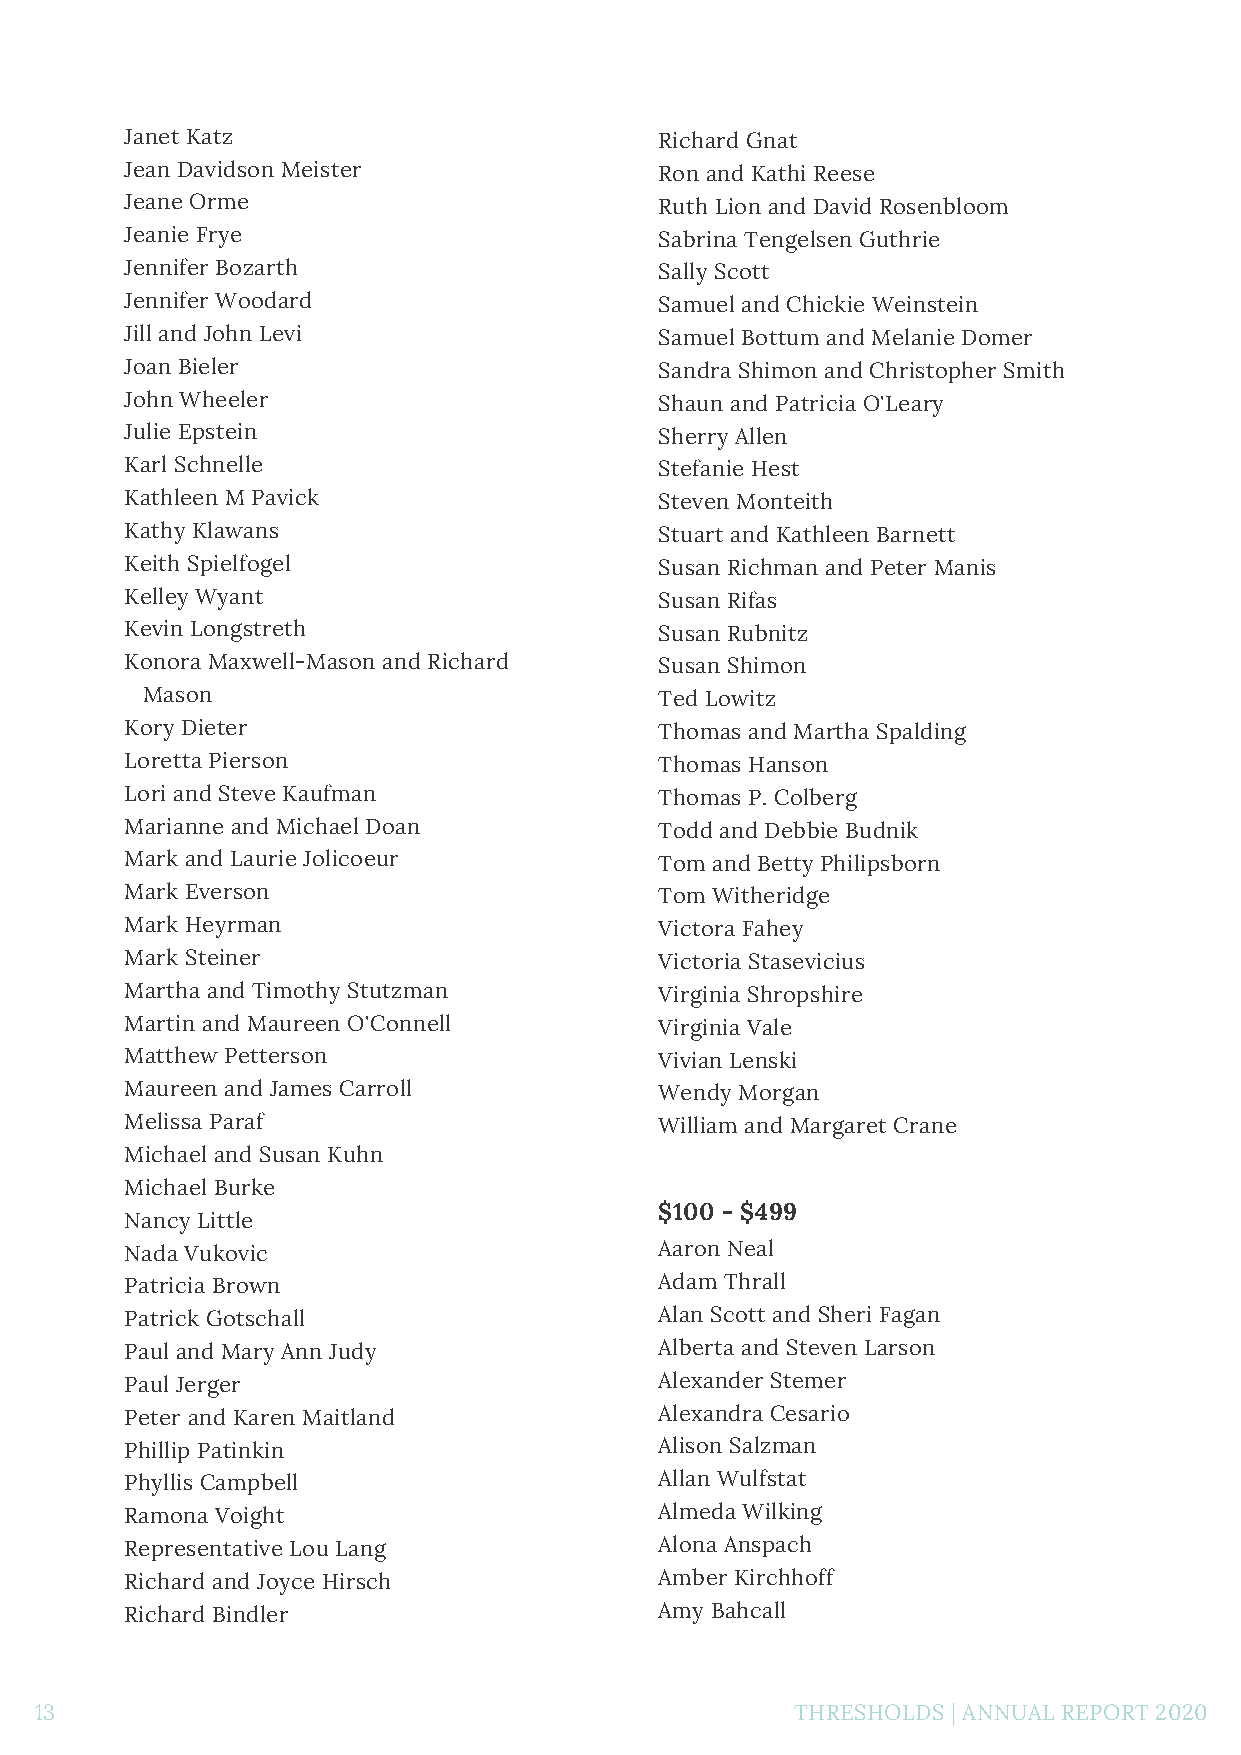
Janet Katz                          Richard Gnat
 Jean Davidson Meister               Ron and Kathi Reese
 Jeane Orme                          Ruth Lion and David Rosenbloom
 Jeanie Frye                         Sabrina Tengelsen Guthrie
 Jennifer Bozarth                    Sally Scott
 Jennifer Woodard                    Samuel and Chickie Weinstein
 Jill and John Levi                  Samuel Bottum and Melanie Domer
 Joan Bieler                         Sandra Shimon and Christopher Smith
 John Wheeler                        Shaun and Patricia O'Leary
 Julie Epstein                       Sherry Allen
 Karl Schnelle                       Stefanie Hest
 Kathleen M Pavick                   Steven Monteith
 Kathy Klawans                       Stuart and Kathleen Barnett
 Keith Spielfogel                    Susan Richman and Peter Manis
 Kelley Wyant                        Susan Rifas
 Kevin Longstreth                    Susan Rubnitz
 Konora Maxwell-Mason and Richard    Susan Shimon
 Mason                              Ted Lowitz
 Kory Dieter                         Thomas and Martha Spalding
 Loretta Pierson                     Thomas Hanson
 Lori and Steve Kaufman              Thomas P. Colberg
 Marianne and Michael Doan           Todd and Debbie Budnik
 Mark and Laurie Jolicoeur           Tom and Betty Philipsborn
 Mark Everson                        Tom Witheridge
 Mark Heyrman                        Victora Fahey
 Mark Steiner                        Victoria Stasevicius
 Martha and Timothy Stutzman         Virginia Shropshire
 Martin and Maureen O'Connell        Virginia Vale
 Matthew Petterson                   Vivian Lenski
 Maureen and James Carroll           Wendy Morgan
 Melissa Paraf                       William and Margaret Crane
 Michael and Susan Kuhn
 Michael Burke
 $100 - $499
 Nancy Little
 Nada Vukovic                        Aaron Neal
 Patricia Brown                      Adam Thrall
 Patrick Gotschall                   Alan Scott and Sheri Fagan
 Paul and Mary Ann Judy              Alberta and Steven Larson
 Paul Jerger                         Alexander Stemer
 Peter and Karen Maitland            Alexandra Cesario
 Phillip Patinkin                    Alison Salzman
 Phyllis Campbell                    Allan Wulfstat
 Ramona Voight                       Almeda Wilking
 Representative Lou Lang             Alona Anspach
 Richard and Joyce Hirsch            Amber Kirchhoff
 Richard Bindler                     Amy Bahcall
 13                                                 THRESHOLDS | ANNUAL REPORT 2020